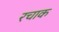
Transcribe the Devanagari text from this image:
रचाक